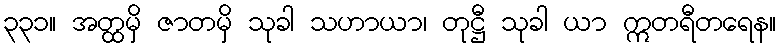
၃၃၁။ အတ္ထမှိ ဇာတမှိ သုခါ သဟာယာ၊ တုဋ္ဌီ သုခါ ယာ ဣတရီတရေန။